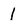
Character: 1